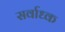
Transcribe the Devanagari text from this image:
सर्वाध्क